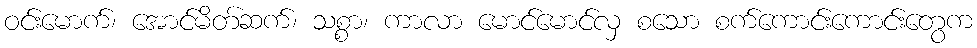
ဝင်းမောက်၊ အောင်မိတ်ဆက်၊ သစ္စာ၊ ကာလာ မောင်မောင်လှ စသော စက်ကောင်းကောင်းတွေက